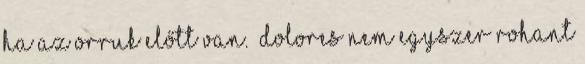
ha az orruk előtt van.” Dolores nem egyszer rohant